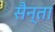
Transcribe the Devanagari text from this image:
सैन्ता